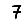
Digit: 7